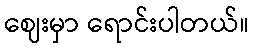
ဈေးမှာ ရောင်းပါတယ်။